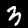
Digit: 3